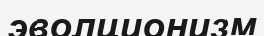
эволционизм